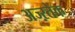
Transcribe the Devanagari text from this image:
अज्ऱतेक